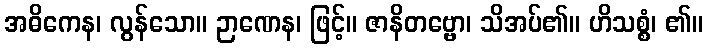
အဓိကေန၊ လွန်သော။ ဉာဏေန၊ ဖြင့်။ ဇာနိတဗ္ဗော၊ သိအပ်၏။ ဟိသစ္စံ၊ ၏။